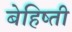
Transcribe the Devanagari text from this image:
बेहिष्ती